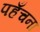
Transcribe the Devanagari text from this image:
पहँचना